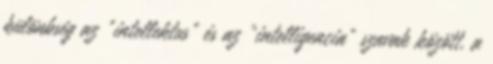
különbség az “intellektus” és az “intelligencia” szavak között, a